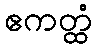
ဧကတ္ထံ